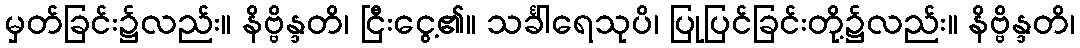
မှတ်ခြင်း၌လည်း။ နိဗ္ဗိန္ဒတိ၊ ငြီးငွေ့၏။ သင်္ခါရေသုပိ၊ ပြုပြင်ခြင်းတို့၌လည်း။ နိဗ္ဗိန္ဒတိ၊